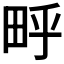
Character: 𬏃